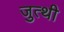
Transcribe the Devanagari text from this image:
जुत्थी